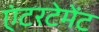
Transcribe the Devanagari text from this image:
एंटरटेमेंट